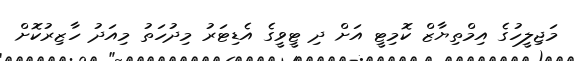
މަޖިލީހުގެ އިމްތިޔާޒް ކޮމިޓީ އަށް ދި ޓީވީގެ އެޑިޓަރު މިދުހަތު މިއަދު ހާޒިރުކޮށް